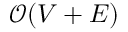
\mathcal { O } ( V + E )